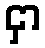
ငှာ